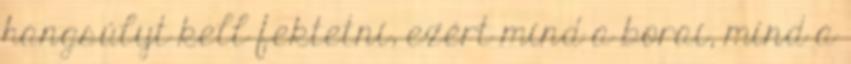
hangsúlyt kell fektetni, ezért mind a borai, mind a